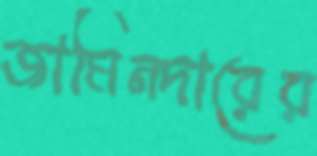
জামিনদারের